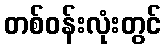
တစ်ဝန်းလုံးတွင်